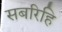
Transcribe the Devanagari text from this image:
सबरिहि